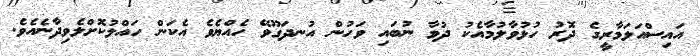
އައިސްއަލަމާރީގެ ދޮރު ހުޅުވާލުމާއެކު ދުވާ ނުބައި ވަހުން އުނދަގޫވޭ ހެއްޔެވެ އެކަން ހައްލުކޮށްލެވިދާނެއެވެ.